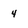
Character: 4